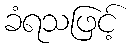
ခံရသဖြင့်